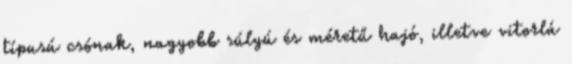
típusú csónak, nagyobb súlyú és méretű hajó, illetve vitorlá